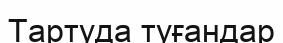
Тартуда туғандар